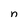
Character: n